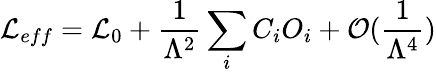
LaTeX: {\cal L}_{eff}={\cal L}_{0}+\frac{1}{\Lambda^{2}}\sum_{i}C_{i}O_{i}+{\cal O}(\frac{1}{\Lambda^{4}})